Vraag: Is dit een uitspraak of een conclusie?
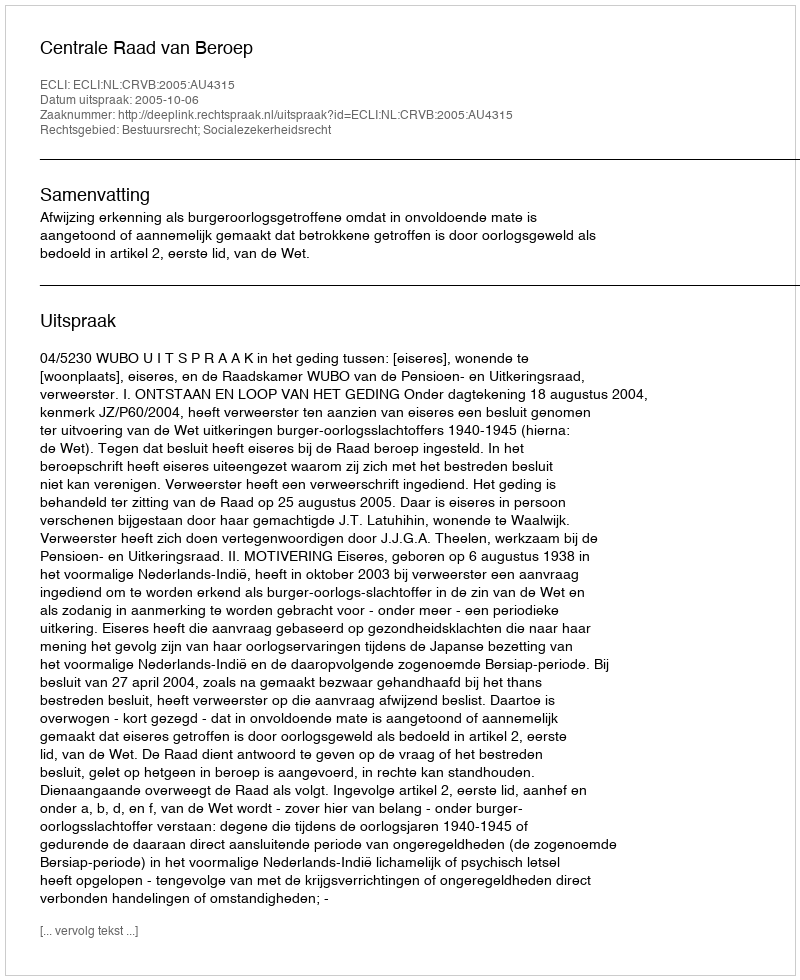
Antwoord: Uitspraak